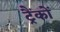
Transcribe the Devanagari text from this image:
ट्रैंकों